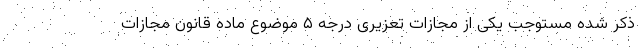
ذکر شده مستوجب یکی از مجازات تعزیری درجه ۵ موضوع ماده قانون مجازات